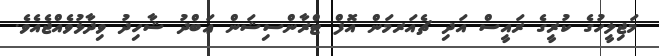
މަޖިލީހުގެ ކުރީގެ ރައީސް އަދި ޗެއަރމަން އޮފް ޓްރާންސިޝަން ޢަބްދު ޝާހިދު ވިދާޅުވެއްޖެއެވެ.